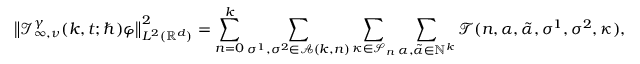
\big \lVert \mathcal { I } _ { \infty , \nu } ^ { \gamma } ( k , t ; \hbar ) \varphi \big \rVert _ { L ^ { 2 } ( \mathbb { R } ^ { d } ) } ^ { 2 } = \sum _ { n = 0 } ^ { k } \sum _ { \sigma ^ { 1 } , \sigma ^ { 2 } \in \mathcal { A } ( k , n ) } \sum _ { \kappa \in \mathcal { S } _ { n } } \sum _ { \alpha , \tilde { \alpha } \in \mathbb { N } ^ { k } } \mathcal { T } ( n , \alpha , \tilde { \alpha } , \sigma ^ { 1 } , \sigma ^ { 2 } , \kappa ) ,